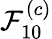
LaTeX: \mathcal{F}_{10}^{(c)}